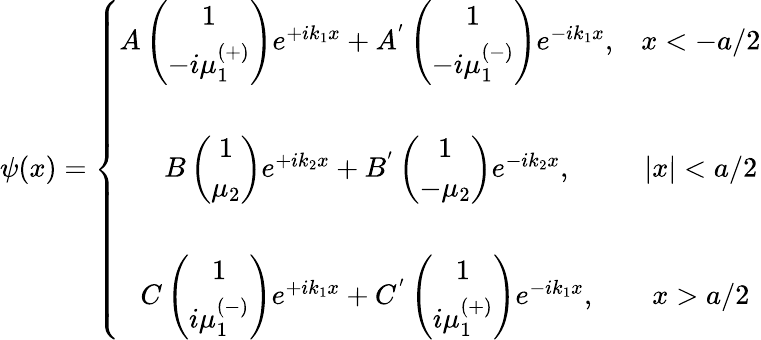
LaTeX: \psi(x)=\left\{ \begin{array}{cc}{{A\left(\begin{array}{c}{{1}}\\ {{-i\mu_{1}^{\left(+\right)}}}\end{array}\right)e^{+ik_{1}x}+A^{^{\prime}}\left(\begin{array}{c}{{1}}\\ {{-i\mu_{1}^{\left(-\right)}}}\end{array}\right)e^{-ik_{1}x},}}&{{x<-a/2}}\\ {{}}&{{}}\\ {{B\left(\begin{array}{c}{{1}}\\ {{\mu_{2}}}\end{array}\right)e^{+ik_{2}x}+B^{^{\prime}}\left(\begin{array}{c}{{1}}\\ {{-\mu_{2}}}\end{array}\right)e^{-ik_{2}x},}}&{{|x|<a/2}}\\ {{}}&{{}}\\ {{C\left(\begin{array}{c}{{1}}\\ {{i\mu_{1}^{\left(-\right)}}}\end{array}\right)e^{+ik_{1}x}+C^{^{\prime}}\left(\begin{array}{c}{{1}}\\ {{i\mu_{1}^{\left(+\right)}}}\end{array}\right)e^{-ik_{1}x},}}&{{x>a/2}}\end{array}\right.